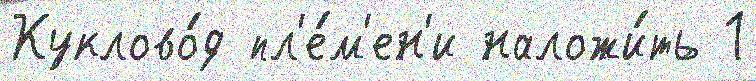
Куклово́д пл'е́м'ен'и наложи́ть 1